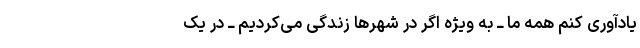
یادآوری کنم همه ما ــ به ویژه اگر در شهرها زندگی می‌کردیم ــ در یک